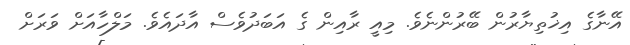
އޭނާގެ އިޚުތިޔާރުން ބޭރުންނެވެ. މިއީ ރާއިން ގެ އަބަދުވެސް އާދައެވެ. މަލްހާއަށް ވަރަށް